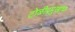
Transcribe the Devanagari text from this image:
टोळीप्रमुखांचा